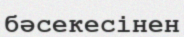
бәсекесінен